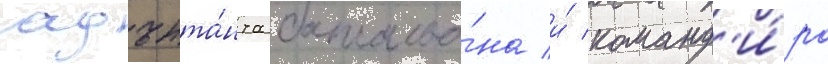
адъюта́нта батальо́на и́ команд'и́ра